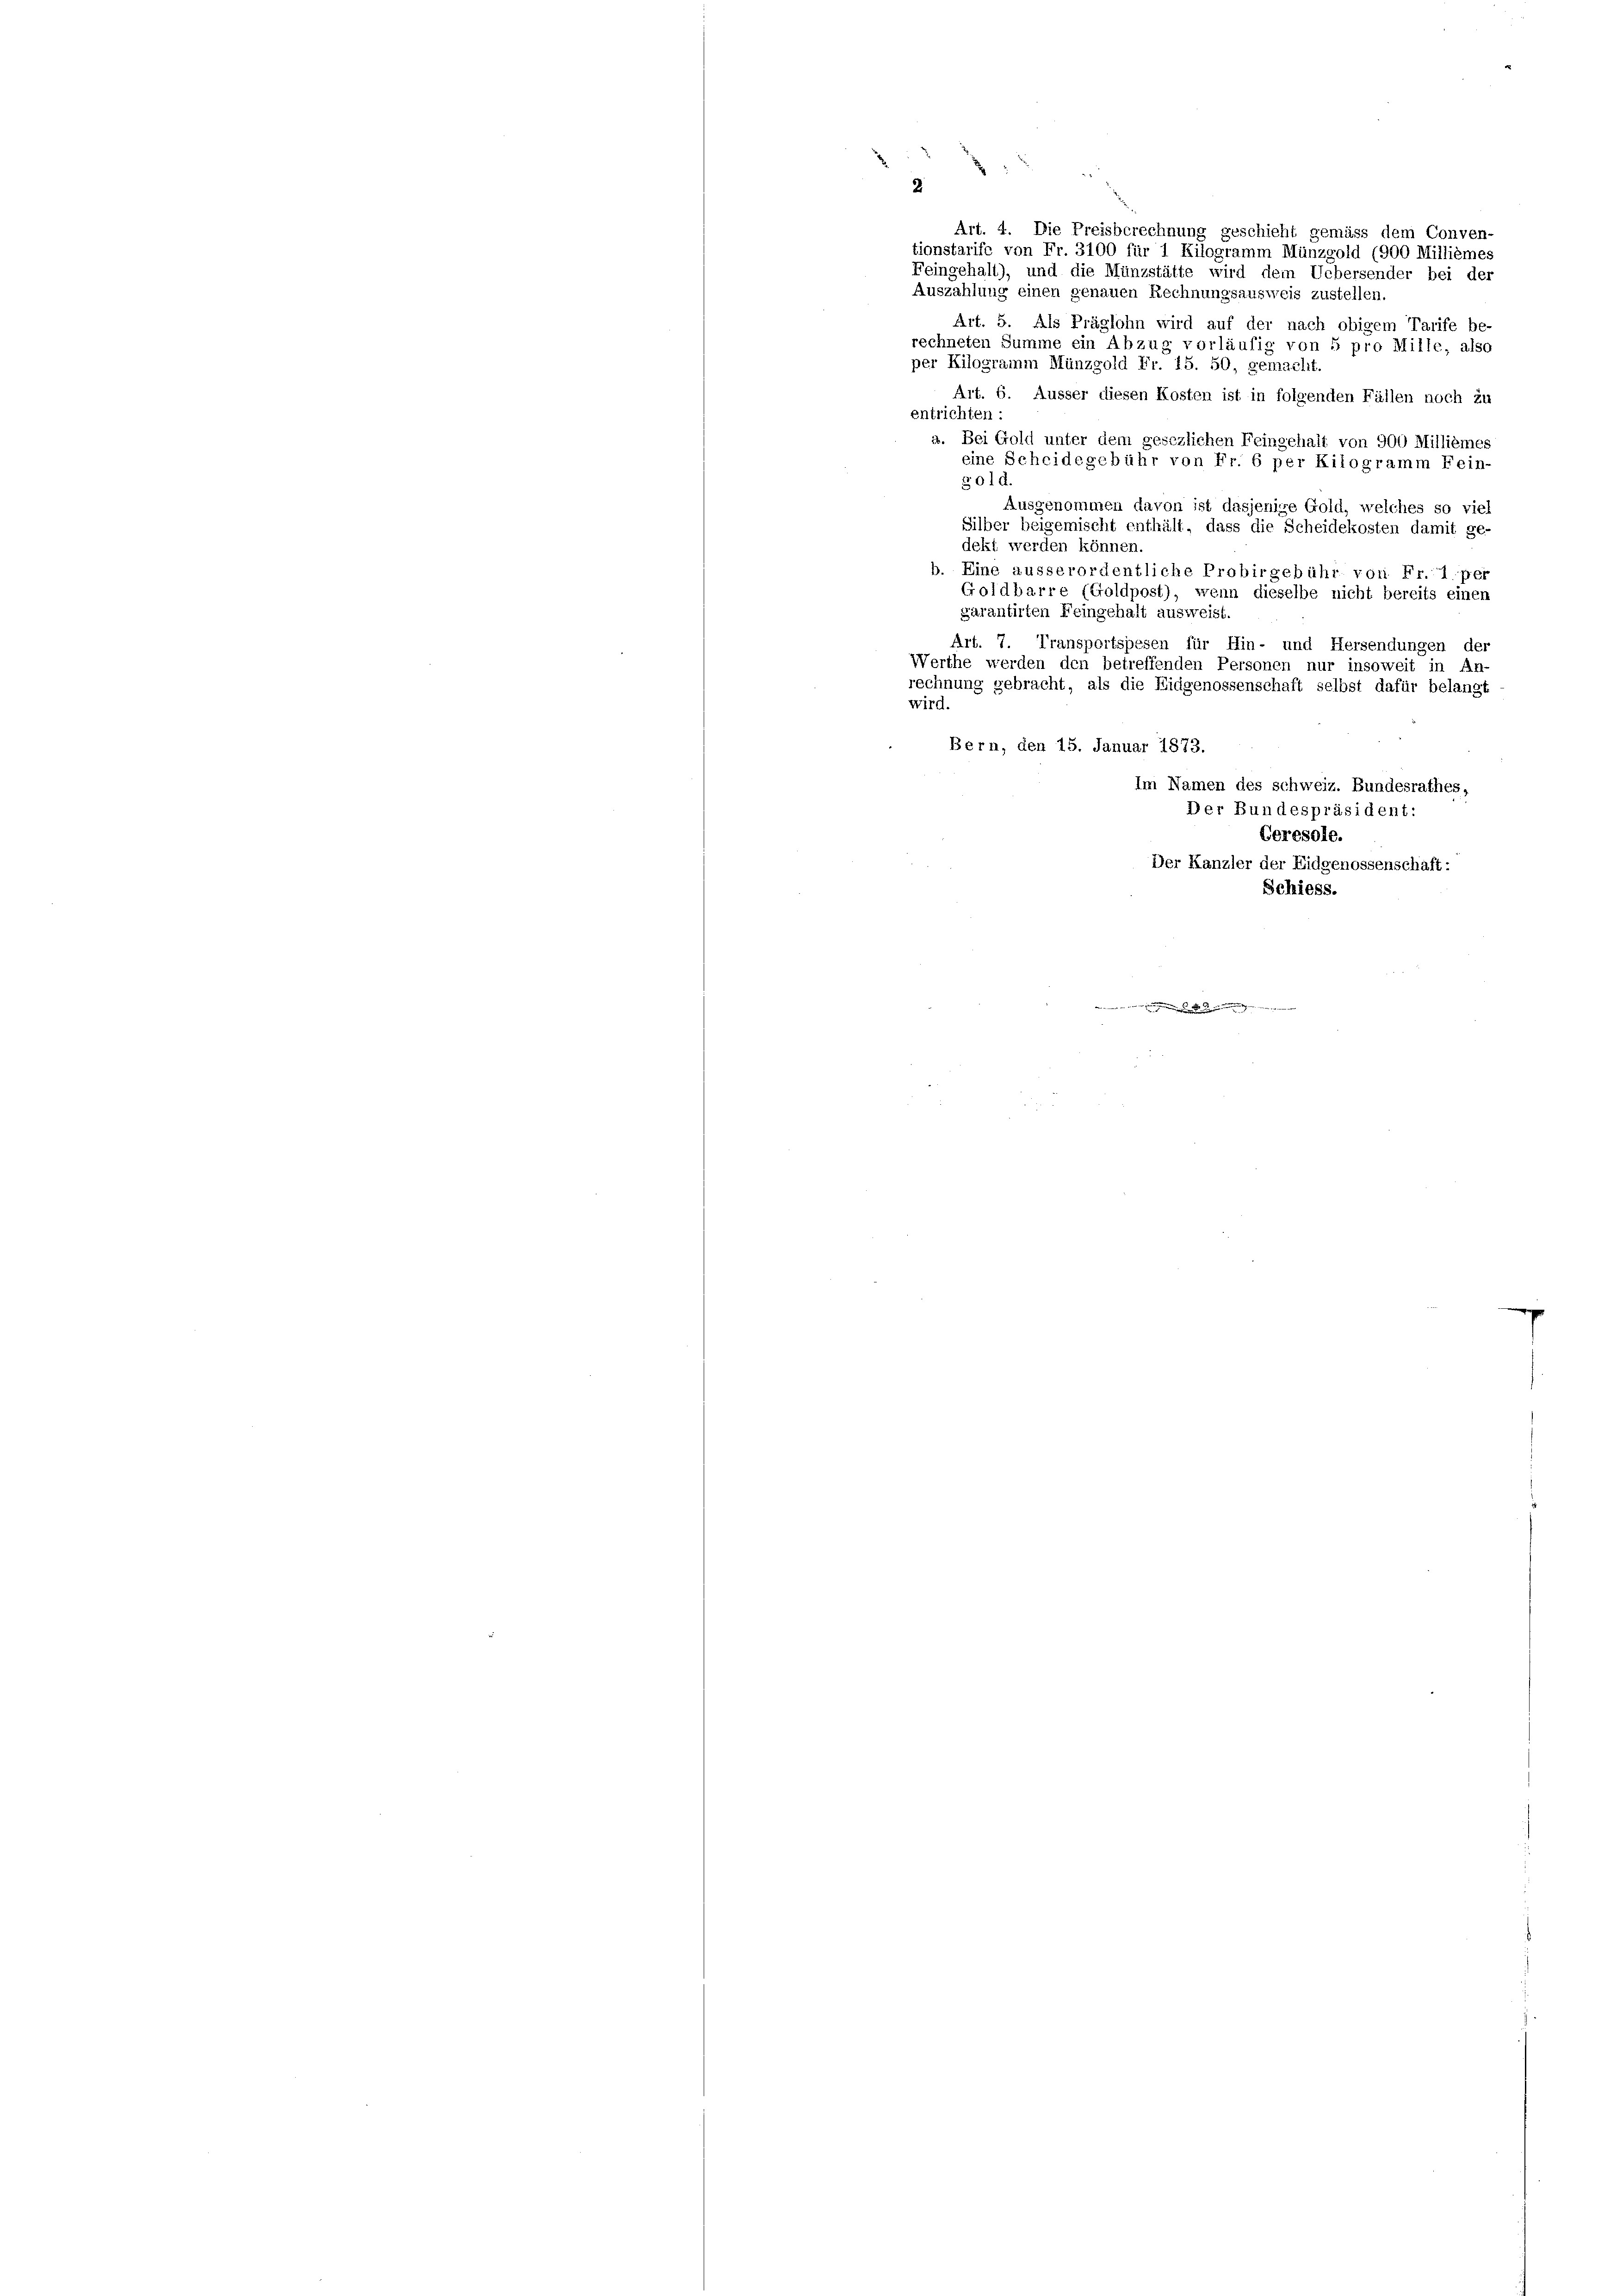
2
Art. 4. Die Preisberechnung geschieht gemäss dem Conven-
tionstarife von Fr. 3100 für 1 Kilogramm Münzgold (900 Millièmes
Feingehalt), und die Münzstätte wird dem Uebersender bei der
Auszahlung einen genauen Rechnungsausweis zustellen.
Art. 5. Als Präglohn wird auf der nach obigem Tarife be-
rechneten Summe ein Abzug vorläufig von 5 pro Mille, also
per Kilogramm Münzgold Fr. 15. 50, gemacht.
Art. 6. Äusser diesen Kosten ist in folgenden Fällen noch zu
entrichten:
a. Bei Gold unter dem gesezlichen Feingehalt von 900 Millièmes
eine Scheidegebühr von Fr. 6 per Kilogramm Fein-
501 d.
Ausgenommen davon ist dasjenige Gold, welches so viel
Silber beigemischt enthält, dass die Scheidekosten damit ge-
dekt werden können.
b. Eine ausserordentliche Probirgebühr von Fr
per
Goldbarre (Goldpost), wenn dieselbe nicht bereits einen
garantirten Feingehalt ausweist.
Art. 7. Transportspesen für Hin- und Hersendungen der
Werthe werden den betreffenden Personen nur insoweit in An-
rechnung gebracht, als die Eidgenossenschaft selbst dafür belangt
wird.
Bern, den 15. Januar 1873.
Im Namen des Schweiz. Bundesrathes,
Der Bundespräsident:
Ceresole.
Der Kanzler der Eidgenossenschaft:
Schiess.
.